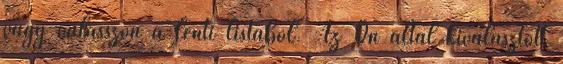
vagy válasszon a lenti listából. Az Ön által kiválasztott